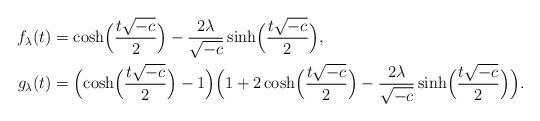
LaTeX: \begin{align*}f_\lambda(t)&{}=\cosh\Bigl(\frac{t\sqrt{-c}}{2}\Bigr)-\frac{2\lambda}{\sqrt{-c}}\sinh\Bigl(\frac{t\sqrt{-c}}{2}\Bigr),\\g_\lambda(t)&{}=\Bigl(\cosh\Bigl(\frac{t\sqrt{-c}}{2}\Bigr)-1\Bigr)\Bigl(1+2\cosh\Bigl(\frac{t\sqrt{-c}}{2}\Bigr)-\frac{2\lambda}{\sqrt{-c}}\sinh\Bigl(\frac{t\sqrt{-c}}{2}\Bigr)\Bigr).\end{align*}